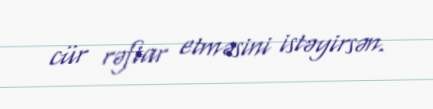
cür rəftar etməsini istəyirsən.